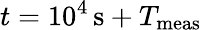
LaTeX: t=10^{4}\, \mathrm{s}+T_{\mathrm{meas}}